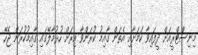
މިނިސްޓްރީއަށް ދީފައިވާ ކަމަށާއި އެތަން ގާއިމު ކުރަންވާ އިރަށް ހުޅުމާލޭގައި ގާއިމުކުރަން ޖެހޭ